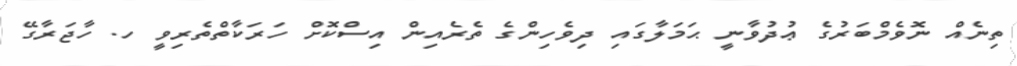
ތިނެއް ނޮވެމްބަރުގެ ޢުދުވާނީ ޙަމަލާގައި ދިވެހިންގެ ތެރެއިން އިސްކޮށް ހަރަކާތްތެރިވީ ހ. ހާޖަރާގޭ